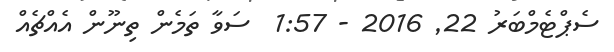
ސެޕްޓެމްބަރު 22